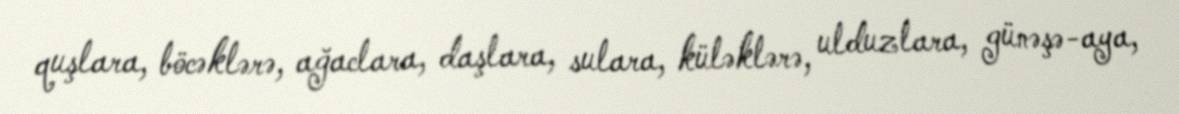
quşlara, böcəklərə, ağaclara, daşlara, sulara, küləklərə, ulduzlara, günəşə-aya,